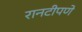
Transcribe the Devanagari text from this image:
रानटीपणे